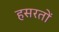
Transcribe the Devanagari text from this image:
हसरतों